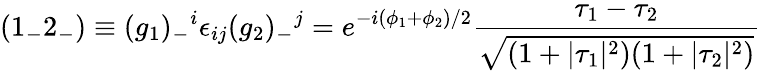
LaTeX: ({1_{-}2_{-}})\equiv(g_{1})_{-}{}^{i}\epsilon_{ij}(g_{2})_{-}{}^{j}=e^{-i{(\phi_{1}+\phi_{2})/2}}\frac{\tau_{1}-\tau_{2}}{\sqrt{(1+|\tau_{1}|^{2})(1+|\tau_{2}|^{2})}}